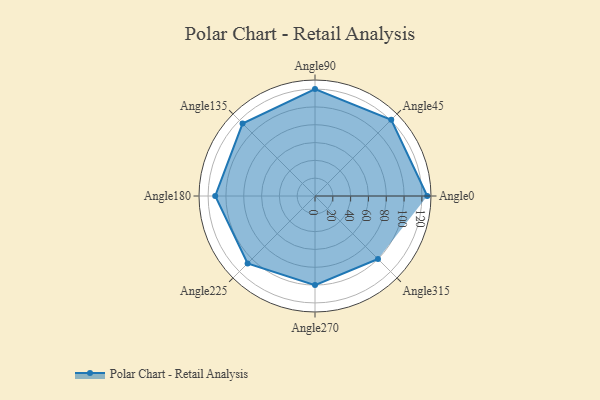
{"axis": {"x": "Angle", "y": "Radius"}, "legend": [""], "data": [{"x": "Angle0", "y": 126.0, "type": ""}, {"x": "Angle45", "y": 121.0, "type": ""}, {"x": "Angle90", "y": 120.0, "type": ""}, {"x": "Angle135", "y": 115.0, "type": ""}, {"x": "Angle180", "y": 112.0, "type": ""}, {"x": "Angle225", "y": 107.0, "type": ""}, {"x": "Angle270", "y": 100.0, "type": ""}, {"x": "Angle315", "y": 100.0, "type": ""}]}